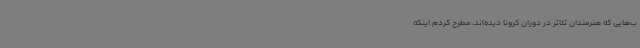
ب‌هایی که هنرمندان تئاتر در دوران کرونا دیده‌اند، مطرح کردم اینکه